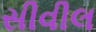
સીવીલ